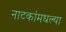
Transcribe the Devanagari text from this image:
नाटकांमधल्या